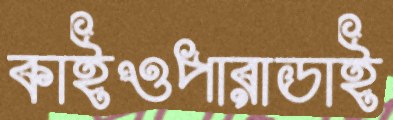
কাইওপারাডাই